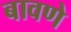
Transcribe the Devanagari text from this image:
बावणे